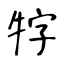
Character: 牸